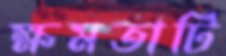
ক্ষমতাটি